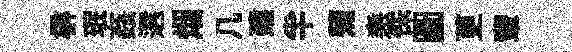
楙珉姦選烟几建半蒲恚侏圖茰輩